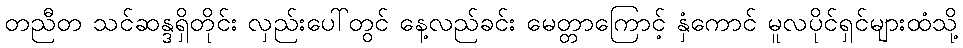
တညီတ သင်ဆန္ဒရှိတိုင်း လှည်းပေါ်တွင် နေ့လည်ခင်း မေတ္တာကြောင့် နှံကောင် မူလပိုင်ရှင်များထံသို့